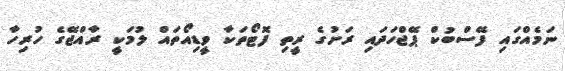
ނަމެއްގައި ފޭސްބުކް ޕޭޖްހަދައި ރަށުގެ ރީތި ފޮޓޯތަކާ ވީޑިއޯތައް ލުމަކީ ރާއްޖޭގެ ހުރިހާ